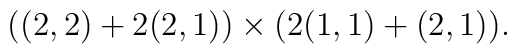
\big( (2,2) + 2(2,1) \big) \times \big( 2(1,1) + (2,1) \big) .